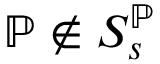
\mathbb { P } \notin S _ { s } ^ { \mathbb { P } }